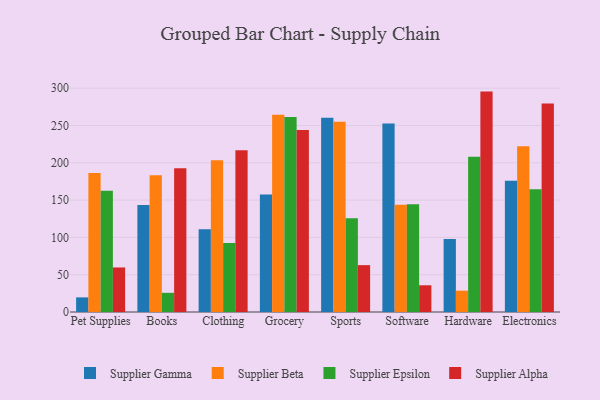
{"axis": {"x": "Category", "y": "Demand Index"}, "legend": ["Supplier Alpha", "Supplier Beta", "Supplier Epsilon", "Supplier Gamma"], "data": [{"x": "Pet Supplies", "y": 19.6, "type": "Supplier Gamma"}, {"x": "Pet Supplies", "y": 186.4, "type": "Supplier Beta"}, {"x": "Pet Supplies", "y": 162.5, "type": "Supplier Epsilon"}, {"x": "Pet Supplies", "y": 59.7, "type": "Supplier Alpha"}, {"x": "Books", "y": 143.5, "type": "Supplier Gamma"}, {"x": "Books", "y": 183.2, "type": "Supplier Beta"}, {"x": "Books", "y": 25.7, "type": "Supplier Epsilon"}, {"x": "Books", "y": 192.5, "type": "Supplier Alpha"}, {"x": "Clothing", "y": 110.8, "type": "Supplier Gamma"}, {"x": "Clothing", "y": 203.4, "type": "Supplier Beta"}, {"x": "Clothing", "y": 92.5, "type": "Supplier Epsilon"}, {"x": "Clothing", "y": 216.7, "type": "Supplier Alpha"}, {"x": "Grocery", "y": 157.6, "type": "Supplier Gamma"}, {"x": "Grocery", "y": 264.3, "type": "Supplier Beta"}, {"x": "Grocery", "y": 261.2, "type": "Supplier Epsilon"}, {"x": "Grocery", "y": 243.8, "type": "Supplier Alpha"}, {"x": "Sports", "y": 260.3, "type": "Supplier Gamma"}, {"x": "Sports", "y": 254.9, "type": "Supplier Beta"}, {"x": "Sports", "y": 125.8, "type": "Supplier Epsilon"}, {"x": "Sports", "y": 62.8, "type": "Supplier Alpha"}, {"x": "Software", "y": 252.6, "type": "Supplier Gamma"}, {"x": "Software", "y": 143.6, "type": "Supplier Beta"}, {"x": "Software", "y": 144.3, "type": "Supplier Epsilon"}, {"x": "Software", "y": 35.8, "type": "Supplier Alpha"}, {"x": "Hardware", "y": 97.9, "type": "Supplier Gamma"}, {"x": "Hardware", "y": 28.6, "type": "Supplier Beta"}, {"x": "Hardware", "y": 208.2, "type": "Supplier Epsilon"}, {"x": "Hardware", "y": 295.4, "type": "Supplier Alpha"}, {"x": "Electronics", "y": 176.0, "type": "Supplier Gamma"}, {"x": "Electronics", "y": 222.1, "type": "Supplier Beta"}, {"x": "Electronics", "y": 164.5, "type": "Supplier Epsilon"}, {"x": "Electronics", "y": 279.4, "type": "Supplier Alpha"}]}